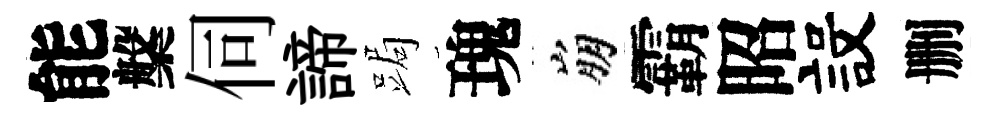
能槃伺諦跼瑰崩霸昭設删